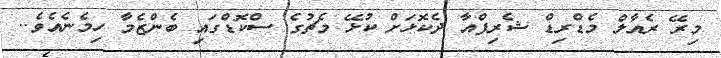
މިރޭ ރެއާލް މެޑްރިޑް ޝެރިފްއާ ދެކޮޅަށް ކުޅޭ މެޗުގެ ސްކޮޑްގައި ބެންޒެމާ ހިމެނެއެވެ..